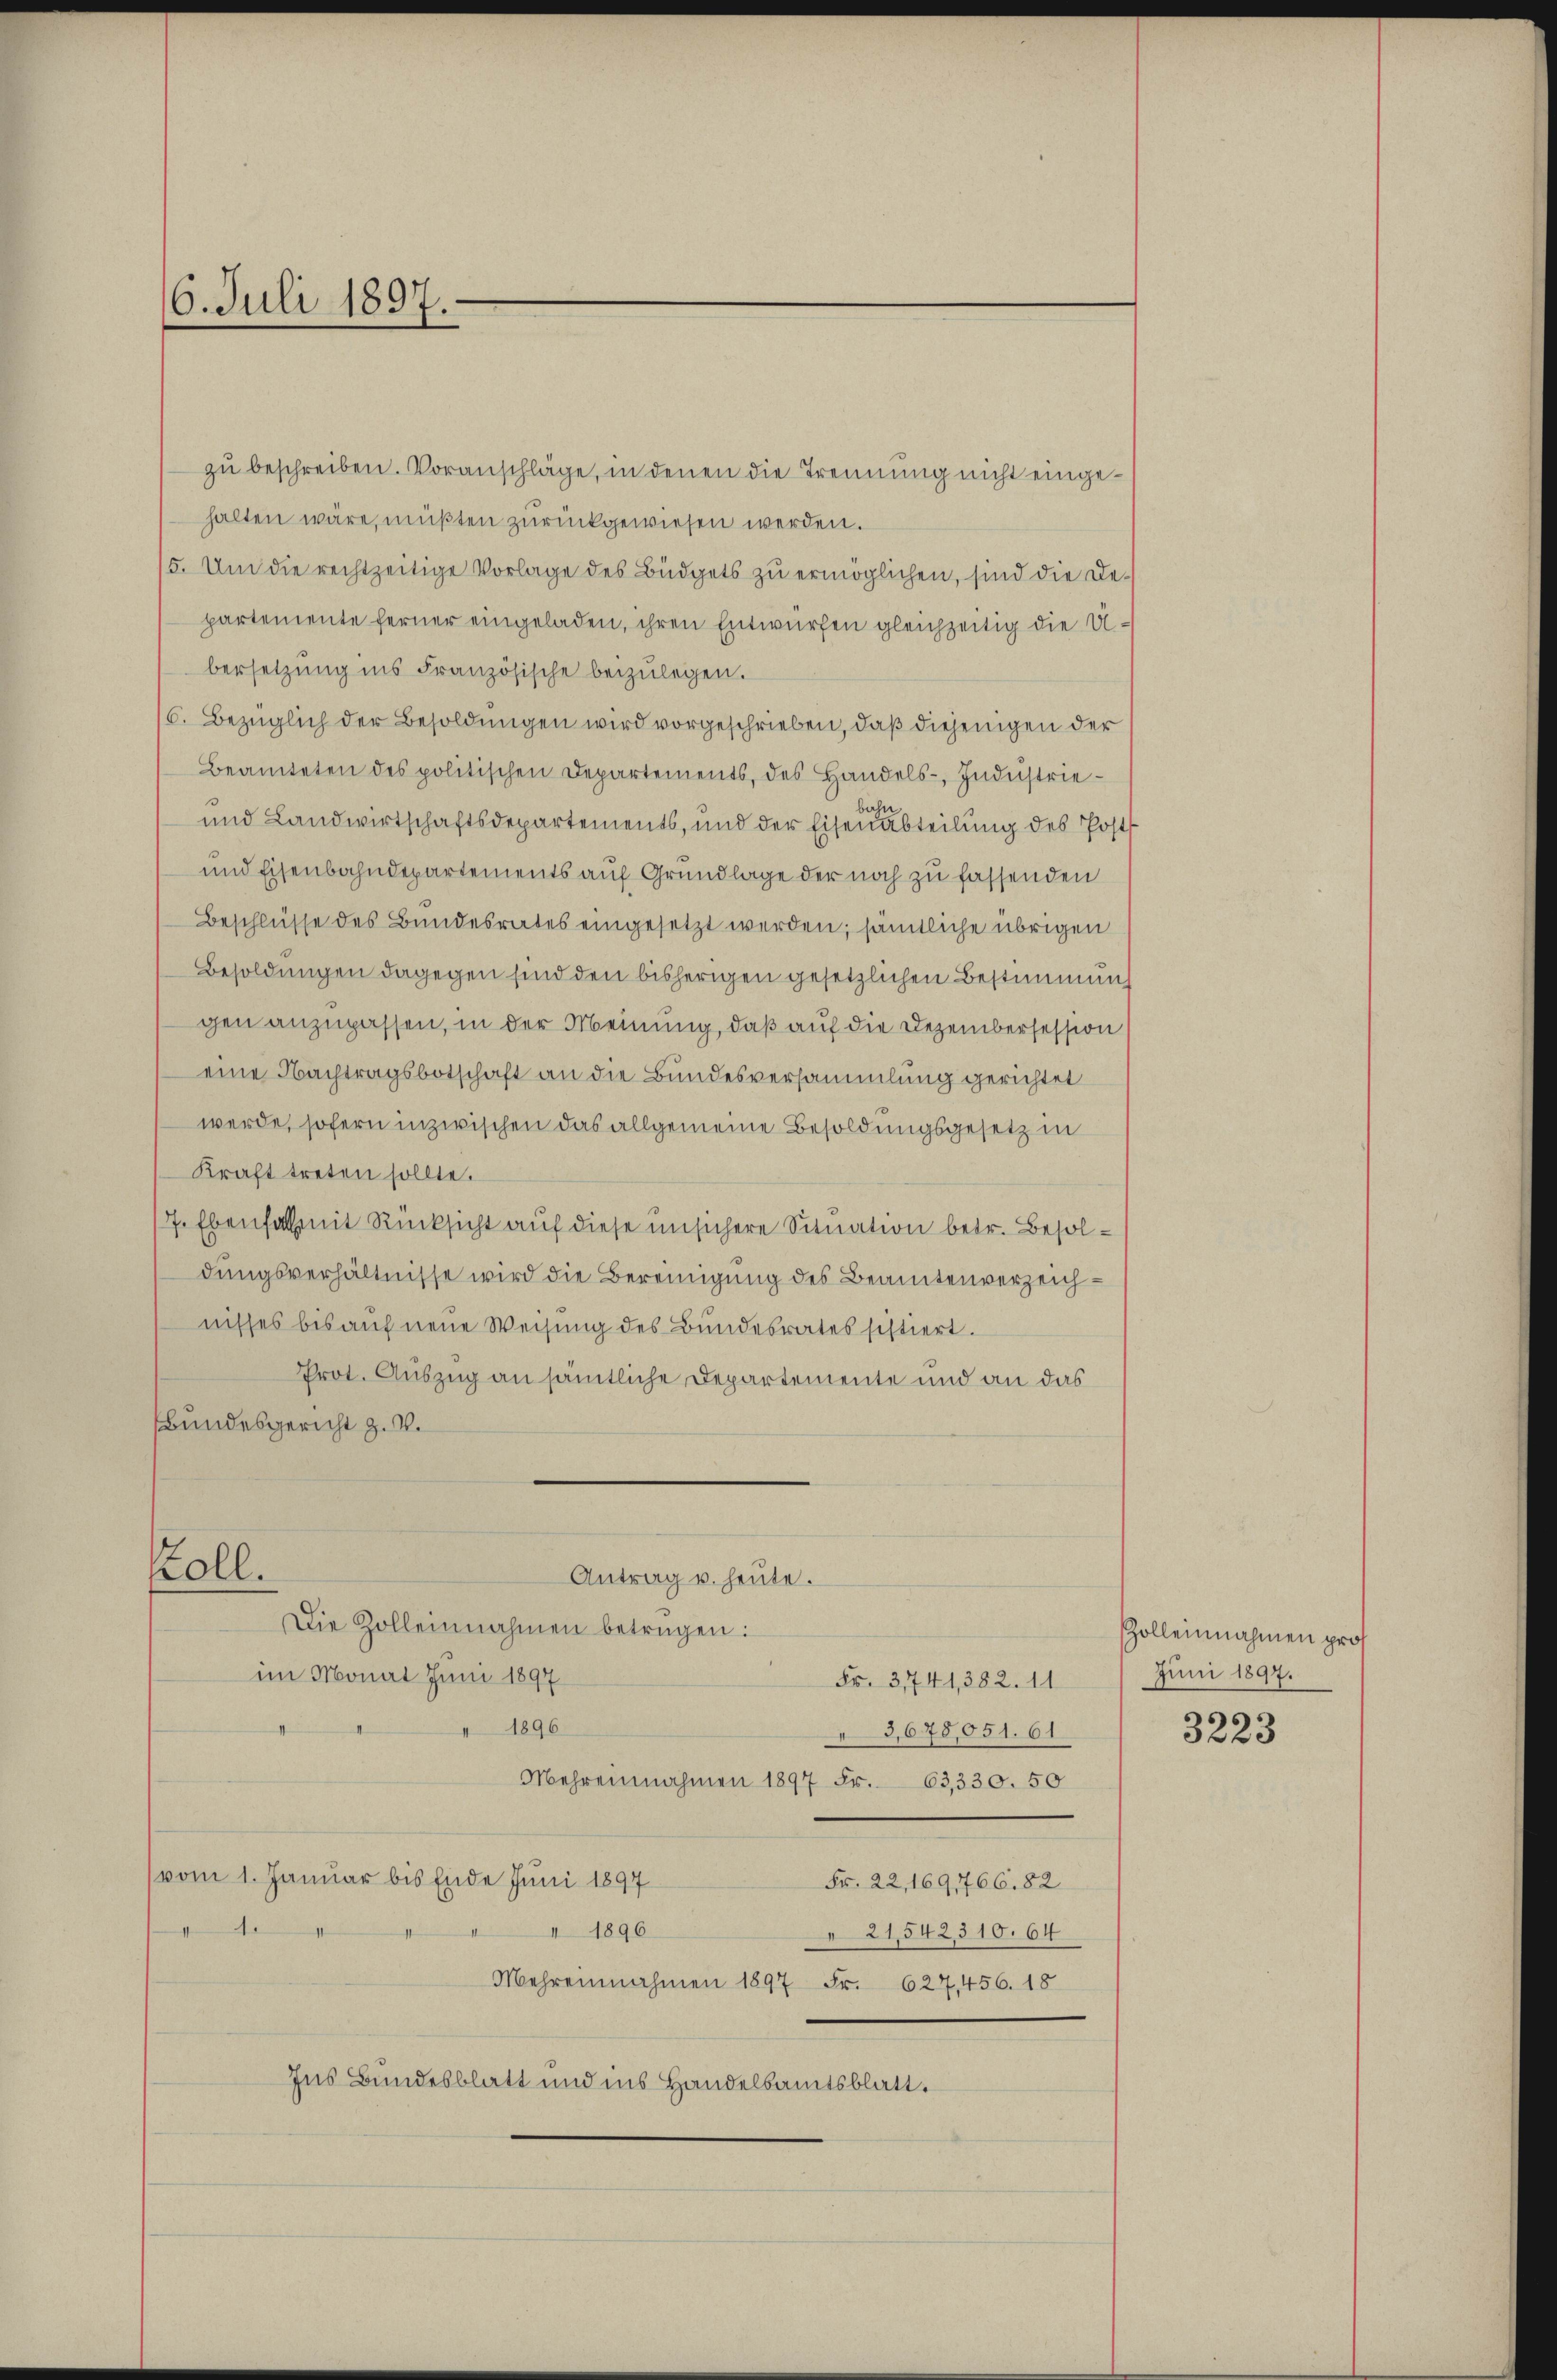
6. Juli 1897.

zu beschreiben. Voranschläge, in denen die Trennung nicht eingehalten wäre, müßten zurückgewiesen werden.
5. Um die rechtzeitige Vorlage des Büdgets zu ermöglichen, sind die De-
partemente ferner eingeladen, ihren Entwürfen gleichzeitig die Ubersetzŭng ins Französische beizŭlegen.
6. Bezüglich der Besoldungen wird vorgeschrieben, daß diejenigen der
Beamteten des politischen Departements, des Handels-, Industrie¬
und Landwirtschaftsdepartements, und der Eisenabteilung des Post
und Eisenbahndepartements auf Grundlage der noch zu fassenden
Beschlüsse des Bundesrates eingesetzt werden; sämtliche übrigen
Besoldungen dagegen sind den bisherigen gesetzlichen Bestimmungen anzupassen, in der Meinung, daß auf die Dezembersession
eine Nachtragsbotschaft an die Bundesversammlung gerichtet
werde, sofern inzwischen das allgemeine Besoldungsgesetz in
Kraft treten sollte.
7. Ebenfall mit Rücksicht auf diese unsichere Situation betr. Besoldungsverhältnisse wird die Bereinigung des Beamtenverzeichnisses bis auf neue Weisung des Bundesrates sistiert.
Prot. Auszug an sämtliche Departemente und an das
Bundesgericht z. B.
Koll.
Antrag u. heute.
Die Zolleinnahmen betrügen:
im Monat Juni 1897
Fr. 3741,382. 11
 1896
3675,051. 61
Mehreinnahmen 1897 Fr. 63,330. 50
vom 1. Januar bis Ende Juni 1897
Fr. 22, 169,766. 82
4
II 1896
21,542310. 64
Mehreinnahmen 1897 Fr. 627,456. 18
Ins Bundesblatt und ins Handelbamtsblatt.

Zolleinnahmen pros
Juni 1897.

3223